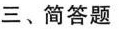
三、简答题